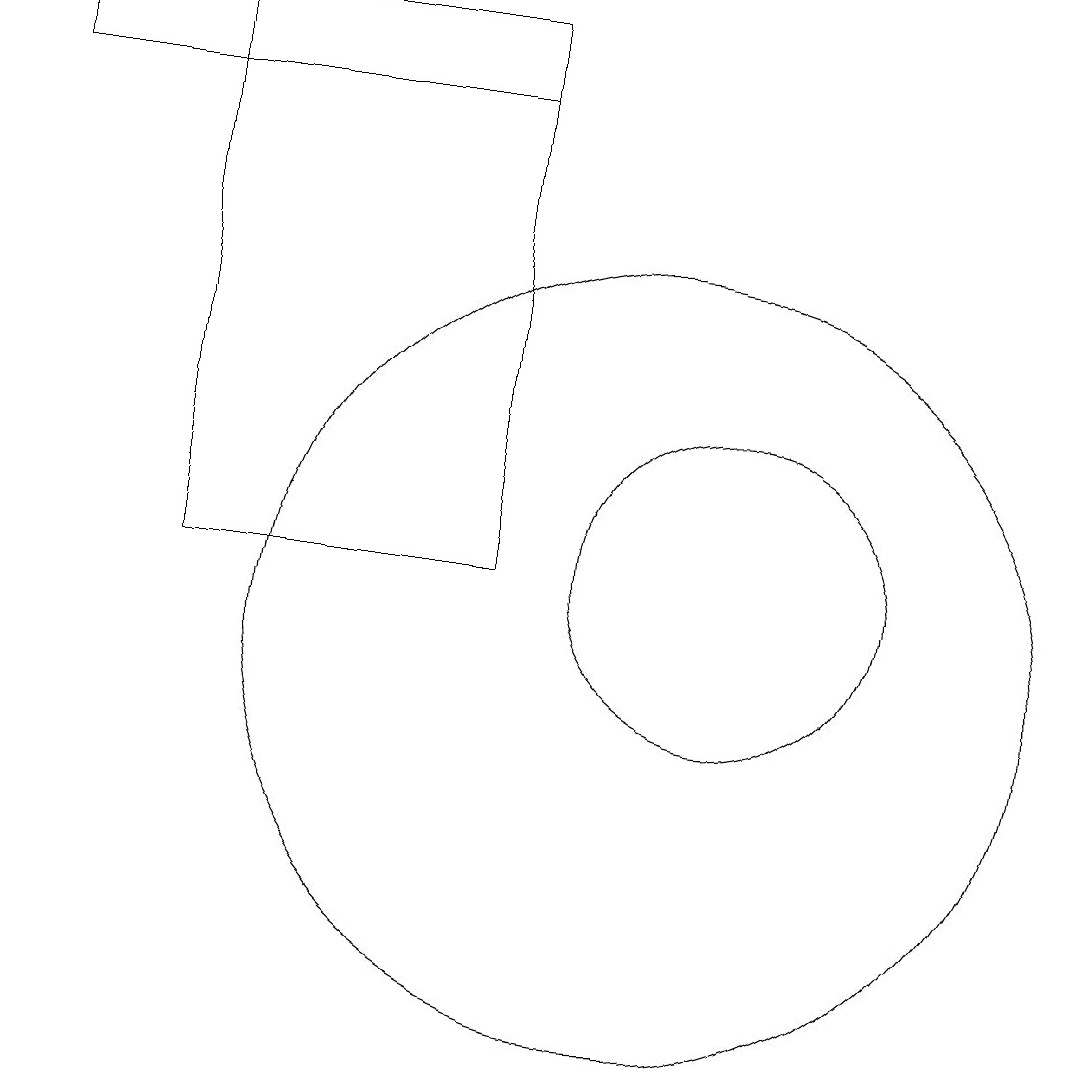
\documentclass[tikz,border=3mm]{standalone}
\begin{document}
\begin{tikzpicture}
\draw (10,10) circle (5);
\draw (8,18) rectangle (4,11);
\draw (11,11) circle (2);
\draw (8,17) rectangle (2,18);
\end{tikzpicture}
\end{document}